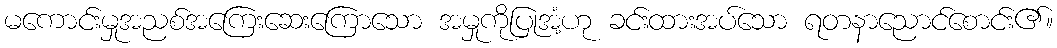
မကောင်းမှုအညစ်အကြေးဆေးကြောသော အမှုကိုပြုအံ့ဟု ခင်းထားအပ်သော ရတနာညောင်စောင်း၏။